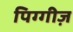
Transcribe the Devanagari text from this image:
पिग्गीज़